Annual report of the Punjab Veterinary College and of the Civil Veterinary Department, Punjab - 1909-1919
Year: 1909
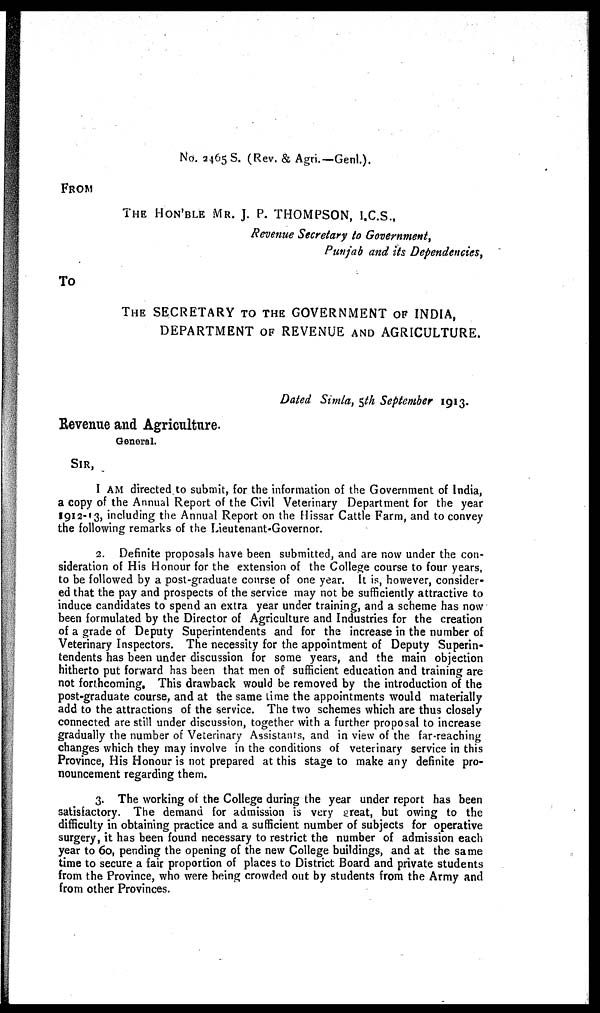
No. 2465 S. (Rev. & Agri.—Genl.).
FROM
THE HON'BLE MR. J. P. THOMPSON, I.C.S.,
Revenue Secretary to Government,
Punjab and its Dependencies,
To
THE SECRETARY TO THE GOVERNMENT OF INDIA,
DEPARTMENT OF REVENUE AND AGRICULTURE.
Dated Simla, 5th September 1913.
Revenue and Agriculture.
General.
SIR,
I AM directed to submit, for the information of the Government of India,
a copy of the Annual Report of the Civil Veterinary Department for the year
1912-13, including the Annual Report on the Hissar Cattle Farm, and to convey
the following remarks of the Lieutenant-Governor.
2. Definite proposals have been submitted, and are now under the con-
sideration of His Honour for the extension of the College course to four years,
to be followed by a post-graduate course of one year. It is, however, consider-
ed that the pay and prospects of the service may not be sufficiently attractive to
induce candidates to spend an extra year under training, and a scheme has now
been formulated by the Director of Agriculture and Industries for the creation
of a grade of Deputy Superintendents and for the increase in the number of
Veterinary Inspectors. The necessity for the appointment of Deputy Superin-
tendents has been under discussion for some years, and the main objection
hitherto put forward has been that men of sufficient education and training are
not forthcoming. This drawback would be removed by the introduction of the
post-graduate course, and at the same time the appointments would materially
add to the attractions of the service. The two schemes which are thus closely
connected are still under discussion, together with a further proposal to increase
gradually the number of Veterinary Assistants, and in view of the far-reaching
changes which they may involve in the conditions of veterinary service in this
Province, His Honour is not prepared at this stage to make any definite pro-
nouncement regarding them.
3. The working of the College during the year under report has been
satisfactory. The demand for admission is very great, but owing to the
difficulty in obtaining practice and a sufficient number of subjects for operative
surgery, it has been found necessary to restrict the number of admission each
year to 60, pending the opening of the new College buildings, and at the same
time to secure a fair proportion of places to District Board and private students
from the Province, who were being crowded out by students from the Army and
from other Provinces.